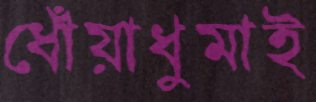
ধোঁয়াধুমাই